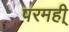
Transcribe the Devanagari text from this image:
परमही्